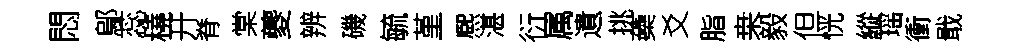
悶鄔蕊橈开脊棠夔辨磯毓堇熈湛衍属遺挑蘃爻脂桒毅但恍縱瑶衝戢